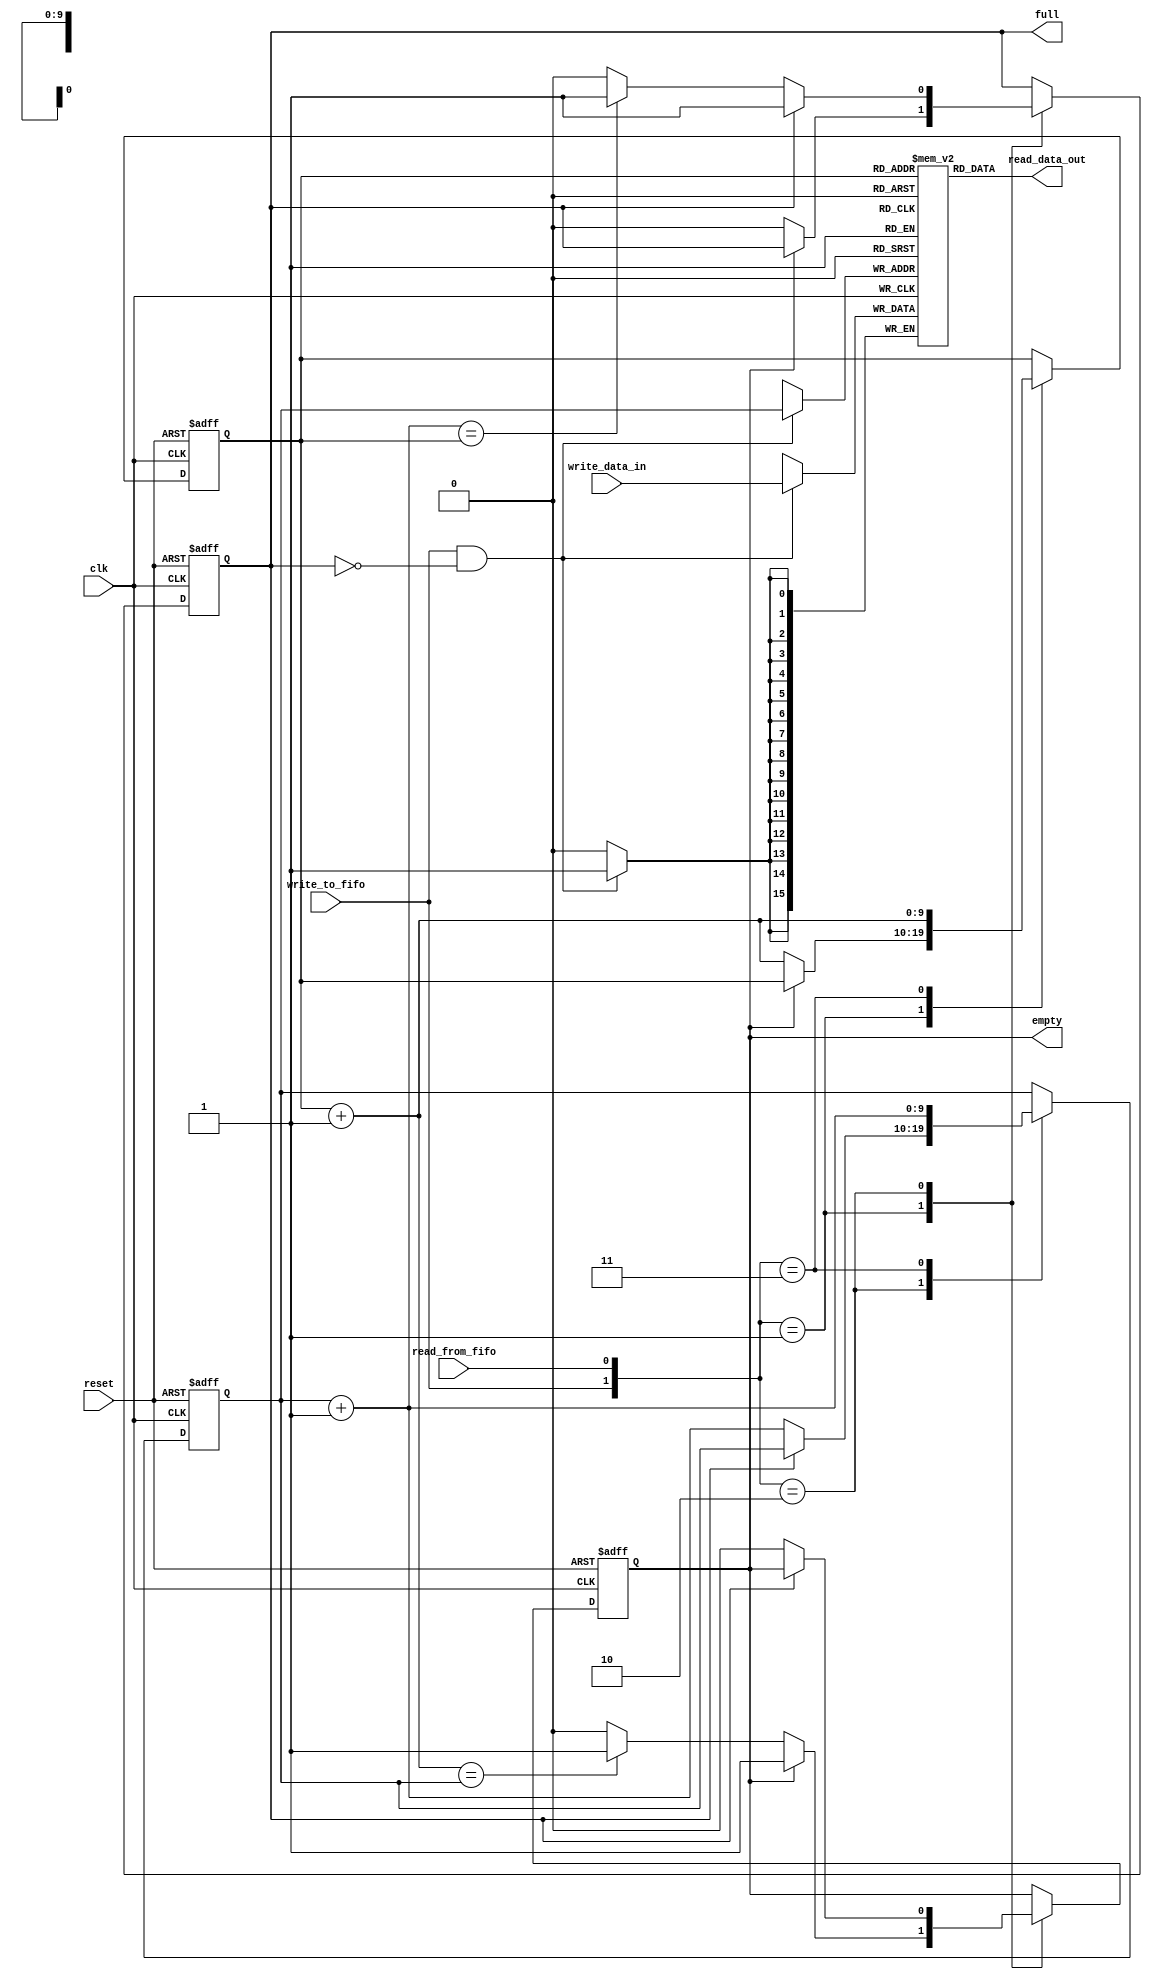
`timescale 1ns /1ps
//////////////////////////////////////////////////////////////////////////////////////////
// Reference book:
// "FPGA Prototyping by Verilog Examples"
// "Xilinx Spartan-3 Version"
// Dr. Pong P. Chu
// Wiley
//
// Adapted for Artix-7
// David J. Marion
//
// Parameterized FIFO Unit for the UART System
// 
// Comments:
// - Many of the variable names have been changed for clarity
//////////////////////////////////////////////////////////////////////////////////////////

module fifo
	#(
	   parameter	DATA_SIZE 	   = 16,	       // number of bits in a data word
				    ADDR_SPACE_EXP = 10	       // number of address bits (2^4 = 16 addresses)
	)
	(
	   input clk,                              // FPGA clock           
	   input reset,                            // reset button
	   input write_to_fifo,                    // signal start writing to FIFO
	   input read_from_fifo,                   // signal start reading from FIFO
	   input [DATA_SIZE-1:0] write_data_in,    // data word into FIFO
	   output [DATA_SIZE-1:0] read_data_out,   // data word out of FIFO
	   output empty,                           // FIFO is empty (no read)
	   output full	                           // FIFO is full (no write)
);

	// signal declaration
	reg [DATA_SIZE-1:0] memory [2**ADDR_SPACE_EXP-1:0];		// memory array register
	reg [ADDR_SPACE_EXP-1:0] current_write_addr, current_write_addr_buff, next_write_addr;
	reg [ADDR_SPACE_EXP-1:0] current_read_addr, current_read_addr_buff, next_read_addr;
	reg fifo_full, fifo_empty, full_buff, empty_buff;
	wire write_enabled;
	
	// register file (memory) write operation
	always @(posedge clk)
		if(write_enabled)
			memory[current_write_addr] <= write_data_in;
			
	// register file (memory) read operation
	assign read_data_out = memory[current_read_addr];
	
	// only allow write operation when FIFO is NOT full
	assign write_enabled = write_to_fifo & ~fifo_full;
	
	// FIFO control logic
	// register logic
	always @(posedge clk or posedge reset)
		if(reset) begin
			current_write_addr 	<= 0;
			current_read_addr 	<= 0;
			fifo_full 			<= 1'b0;
			fifo_empty 			<= 1'b1;       // FIFO is empty after reset
		end
		else begin
			current_write_addr  <= current_write_addr_buff;
			current_read_addr   <= current_read_addr_buff;
			fifo_full  			<= full_buff;
			fifo_empty 			<= empty_buff;
		end

	// next state logic for read and write address pointers
	always @* begin
		// successive pointer values
		next_write_addr = current_write_addr + 1;
		next_read_addr  = current_read_addr + 1;
		
		// default: keep old values
		current_write_addr_buff = current_write_addr;
		current_read_addr_buff  = current_read_addr;
		full_buff  = fifo_full;
		empty_buff = fifo_empty;
		
		// Button press logic
		case({write_to_fifo, read_from_fifo})     // check both buttons
			// 2'b00: neither buttons pressed, do nothing
			
			2'b01:	// read button pressed?
				if(~fifo_empty) begin   // FIFO not empty
					current_read_addr_buff = next_read_addr;
					full_buff = 1'b0;   // after read, FIFO not full anymore
					if(next_read_addr == current_write_addr)
						empty_buff = 1'b1;
				end
			
			2'b10:	// write button pressed?
				if(~fifo_full) begin	// FIFO not full
					current_write_addr_buff = next_write_addr;
					empty_buff = 1'b0;  // after write, FIFO not empty anymore
					if(next_write_addr == current_read_addr)
						full_buff = 1'b1;
				end
				
			2'b11:	begin	// write and read
				current_write_addr_buff = next_write_addr;
				current_read_addr_buff  = next_read_addr;
				end
		endcase			
	end

	// output
	assign full = fifo_full;
	assign empty = fifo_empty;

endmodule